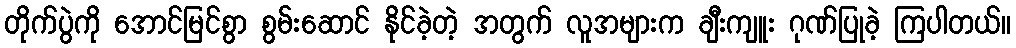
တိုက်ပွဲကို အောင်မြင်စွာ စွမ်းဆောင် နိုင်ခဲ့တဲ့ အတွက် လူအများက ချီးကျူး ဂုဏ်ပြုခဲ့ ကြပါတယ်။